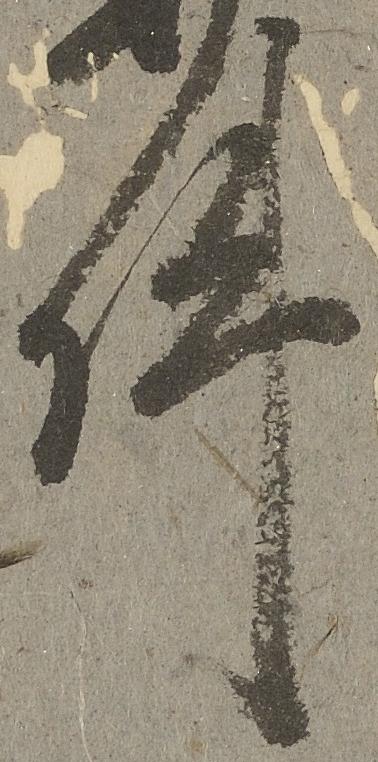
件